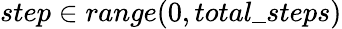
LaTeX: step\in range(0,total\textunderscore steps)